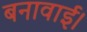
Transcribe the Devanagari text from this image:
बनावाई।